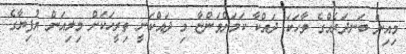
މިއިން ބަނދަރެއްގެ ވާހަކަ ދައްކާ ކަމަށްވަންޏާ މި ދައްކަނީ ތިރީހަކަށް މިލިއަން ރުފިޔާގެ